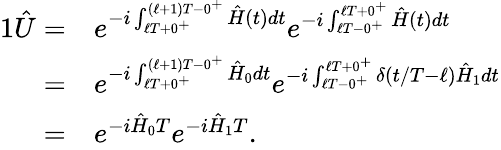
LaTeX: \begin{array}{rl}{{1}\hat{U}=}&{e^{-i\int_{\ell T+0^{+}}^{(\ell+1)T-0^{+}}\hat{H}(t)dt}e^{-i\int_{\ell T-0^{+}}^{\ell T+0^{+}}\hat{H}(t)dt}}\\ {=}&{e^{-i\int_{\ell T+0^{+}}^{(\ell+1)T-0^{+}}\hat{H}_{0}dt}e^{-i\int_{\ell T-0^{+}}^{\ell T+0^{+}}\delta(t/T-\ell)\hat{H}_{1}dt}}\\ {=}&{e^{-i\hat{H}_{0}T}e^{-i\hat{H}_{1}T}.}\end{array}